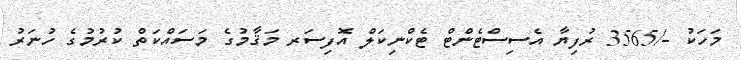
މަހަކު -/3565 ރުފިޔާ އެސިސްޓެންޓް ޓެކްނިކަލް އޮފިސަރ މަޤާމުގެ މަސައްކަތް ކުރުމުގެ ހުނަރު